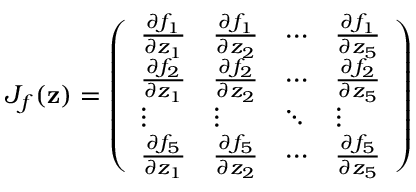
{ J } _ { f } ( { \bf z } ) = \left( \begin{array} { l l l l } { \frac { \partial f _ { 1 } } { \partial z _ { 1 } } } & { \frac { \partial f _ { 1 } } { \partial z _ { 2 } } } & { \cdots } & { \frac { \partial f _ { 1 } } { \partial z _ { 5 } } } \\ { \frac { \partial f _ { 2 } } { \partial z _ { 1 } } } & { \frac { \partial f _ { 2 } } { \partial z _ { 2 } } } & { \cdots } & { \frac { \partial f _ { 2 } } { \partial z _ { 5 } } } \\ { \vdots } & { \vdots } & { \ddots } & { \vdots } \\ { \frac { \partial f _ { 5 } } { \partial z _ { 1 } } } & { \frac { \partial f _ { 5 } } { \partial z _ { 2 } } } & { \cdots } & { \frac { \partial f _ { 5 } } { \partial z _ { 5 } } } \end{array} \right)